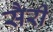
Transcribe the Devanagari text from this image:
सैरी